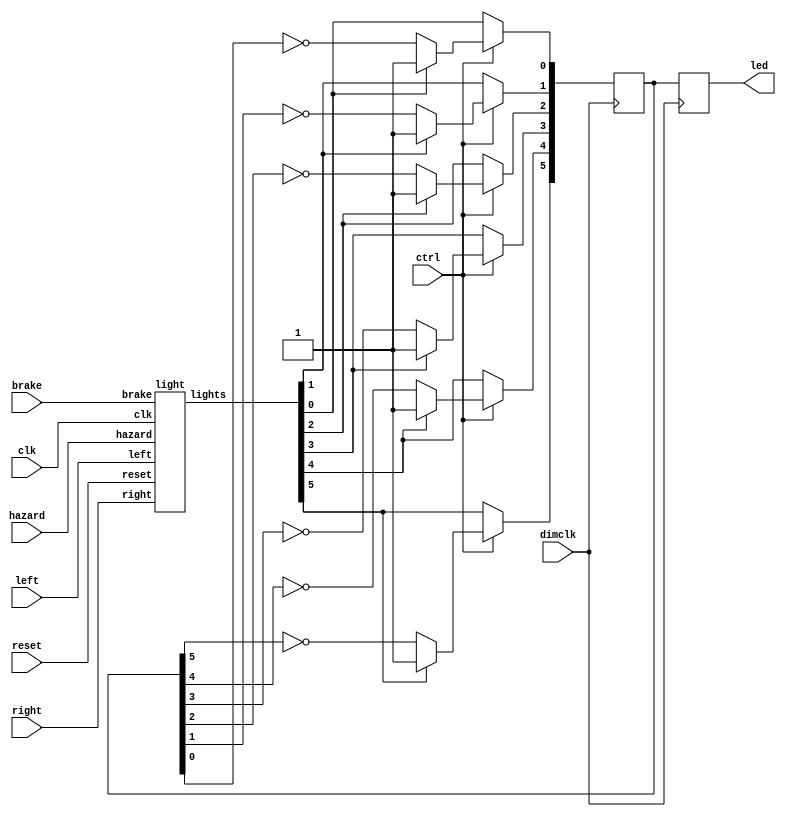
module dim(
  input dimclk,ctrl,clk,reset,left,right,hazard,brake,
  //input [5:0] lights,
  output reg [5:0] led=6'b000000
  );
  wire [5:0] b;
  reg [5:0] c=6'b000000;
  
  light out(.clk(clk),.reset(reset),.left(left),.right(right),.hazard(hazard),.brake(brake),.lights(b));
  
  always @(posedge dimclk)begin
  
  if(~ctrl) begin
  c<=b;
  led<=c;
  
  end
  else begin
     c<=b;
    if(b[5]==0) begin c[5]<=~c[5];end
    if(b[4]==0)  begin c[4]<=~c[4];end
    if(b[3]==0)  begin c[3]<=~c[3];end
    if(b[2]==0)  begin c[2]<=~c[2];end
    if(b[1]==0)  begin c[1]<=~c[1];end
    if(b[0]==0)   begin c[0]<=~c[0];end
   
    led<=c;
  end
 end 
endmodule







module light(
input clk,reset,left,right,hazard,brake,
output reg [5:0]lights = 6'b000000
);
 
 parameter IDLE= 0; 
 parameter IL= 7; 
 parameter IR= 14;
 parameter L3=3;  
 parameter L2=2;   
 parameter L1=1;   
 parameter Lb3 = 6; 
 parameter Lb2 = 5;  
 parameter Lb1 = 4;  
 parameter R1=8;    
 parameter R2=9;     
 parameter R3=10;     
 parameter Rb3 = 13; 
 parameter Rb2 = 12;   
 parameter Rb1 = 11;   
 parameter All=15;
    
  reg [3:0]x = 4'd0000;

always @(posedge clk) 
    if(reset)begin
 x<=IDLE;
 lights<=6'b000000;
 end
    else begin
    case (x)
      //IDLE
      0: 
          if((brake)&(hazard)) begin x<=All;lights<=6'b111111;end
          else  if(hazard)    begin x<=All;lights<=6'b111111;end
         
          else if((~brake)&(~hazard)&(~left)&(~right))begin x<=IDLE;lights<=6'b000000;end
          else if((~brake)&(~hazard)&(~left)&(right)) begin x<=R1; lights<=6'b000100; end
          else if((~brake)&(~hazard)&(left)&(~right)) begin x<=L1; lights<=6'b001000; end
          else if((~brake)&(~hazard)&(left)&(right))  begin x<=All; lights<=6'b111111; end
          else if((brake)&(~hazard)&(~left)&(~right)) begin x<=All; lights<=6'b111111; end
         
          else if((brake)&(~hazard)&(~left)&(right))  begin x<=Rb1; lights<=6'b111100; end
          else if((brake)&(~hazard)&(left)&(~right)) begin x<=Lb1; lights<=6'b001111; end
          else if((brake)&(~hazard)&(left)&(right)) begin x<=All; lights<=6'b111111; end
           else if ((left)&(right)) begin x<=All;lights<=6'b111111;end
          else begin x<=IDLE; lights<=6'b000000; end
             
      7: //IL,
         
          //
          if((brake)&(hazard)) begin x<=All;lights<=6'b111111;end
          else  if(hazard)    begin x<=All;lights<=6'b111111;end
          else if((~brake)&(~hazard)&(~left)&(~right))begin x<=IDLE;lights<=6'b000000;end
          else if((~brake)&(~hazard)&(~left)&(right)) begin x<=R1; lights<=6'b000100; end
          else if((~brake)&(~hazard)&(left)&(~right)) begin x<=L1; lights<=6'b001000; end
          else if((~brake)&(~hazard)&(left)&(right))  begin x<=All; lights<=6'b111111; end
          else if((brake)&(~hazard)&(~left)&(~right)) begin x<=All; lights<=6'b111111; end
          else if((brake)&(~hazard)&(~left)&(right))  begin x<=Rb1; lights<=6'b111100; end
          else if((brake)&(~hazard)&(left)&(~right)) begin x<=Lb1; lights<=6'b001111; end
          else if((brake)&(~hazard)&(left)&(right)) begin x<=All; lights<=6'b111111; end
          else begin x<=IL; lights<=6'b000111; end
             
    
          
       10: //R3
         
          //
          if((brake)&(hazard)) begin x<=All;lights<=6'b111111;end
          else  if(hazard)    begin x<=All;lights<=6'b111111;end
          else if((~brake)&(~hazard)&(~left)&(~right))begin x<=IDLE;lights<=6'b000000;end
          else if((~brake)&(~hazard)&(~left)&(right)) begin x<=IDLE; lights<=6'b000000; end
          else if((~brake)&(~hazard)&(left)&(~right)) begin x<=L1; lights<=6'b001000; end
          else if((~brake)&(~hazard)&(left)&(right))  begin x<=All; lights<=6'b111111; end
          else if((brake)&(~hazard)&(~left)&(~right)) begin x<=All; lights<=6'b111111; end
         
          else if((brake)&(~hazard)&(~left)&(right))  begin x<=IR; lights<=6'b111000; end
          else if((brake)&(~hazard)&(left)&(~right)) begin x<=Lb1; lights<=6'b001111; end
          else if((brake)&(~hazard)&(left)&(right)) begin x<=All; lights<=6'b111111; end
          else begin x<=R3; lights<=6'b000111; end
          
     14: //IR
          if((brake)&(hazard)) begin x<=All;lights<=6'b111111;end
          else  if(hazard)    begin x<=All;lights<=6'b111111;end
          else if((~brake)&(~hazard)&(~left)&(~right))begin x<=IDLE;lights<=6'b000000;end
          else if((~brake)&(~hazard)&(~left)&(right)) begin x<=R1; lights<=6'b000100; end
          else if((~brake)&(~hazard)&(left)&(~right)) begin x<=L1; lights<=6'b001000; end
          else if((~brake)&(~hazard)&(left)&(right))  begin x<=All; lights<=6'b111111; end
          else if((brake)&(~hazard)&(~left)&(~right)) begin x<=All; lights<=6'b111111; end
         
          else if((brake)&(~hazard)&(~left)&(right))  begin x<=Rb1; lights<=6'b111100; end
          else if((brake)&(~hazard)&(left)&(~right)) begin x<=Lb1; lights<=6'b001111; end
          else if((brake)&(~hazard)&(left)&(right)) begin x<=All; lights<=6'b111111; end
          else begin x<=IR; lights<=6'b111000; end
          
     3: //L3 
         
          //
          if((brake)&(hazard)) begin x<=All;lights<=6'b111111;end
          else  if(hazard)    begin x<=All;lights<=6'b111111;end
          else if((~brake)&(~hazard)&(~left)&(~right))begin x<=IDLE;lights<=6'b000000;end
          else if((~brake)&(~hazard)&(~left)&(right)) begin x<=R1; lights<=6'b000100; end
          else if((~brake)&(~hazard)&(left)&(~right)) begin x<=IDLE; lights<=6'b000000; end
          else if((~brake)&(~hazard)&(left)&(right))  begin x<=All; lights<=6'b111111; end
          else if((brake)&(~hazard)&(~left)&(~right)) begin x<=All; lights<=6'b111111; end
         
          else if((brake)&(~hazard)&(~left)&(right))  begin x<=Rb1; lights<=6'b111100; end
          else if((brake)&(~hazard)&(left)&(~right)) begin x<=IL; lights<=6'b000111; end
          else if((brake)&(~hazard)&(left)&(right)) begin x<=All; lights<=6'b111111; end
          else begin x<=L3; lights<=6'b111000; end
          
      1: //L1
            if((brake)&(hazard)) begin x<=All;lights<=6'b111111;end
          else  if(hazard)    begin x<=All;lights<=6'b111111;end
          else if((~brake)&(~hazard)&(~left)&(~right))begin x<=IDLE;lights<=6'b000000;end
          else if((~brake)&(~hazard)&(~left)&(right)) begin x<=R1; lights<=6'b000100; end
          else if((~brake)&(~hazard)&(left)&(~right)) begin x<=L2;lights<=6'b011000; end
          else if((~brake)&(~hazard)&(left)&(right))  begin x<=All; lights<=6'b111111; end
          else if((brake)&(~hazard)&(~left)&(~right)) begin x<=All; lights<=6'b111111; end
         
          else if((brake)&(~hazard)&(~left)&(right))  begin x<=Rb1; lights<=6'b111100; end
          else if((brake)&(~hazard)&(left)&(~right)) begin x<=Lb2; lights<=6'b011111; end
          else if((brake)&(~hazard)&(left)&(right)) begin x<=All; lights<=6'b111111; end
          else begin x<=L1; lights<=6'b001000; end
            
                
      2: //L2
           if((brake)&(hazard)) begin x<=All;lights<=6'b111111;end
          else  if(hazard)    begin x<=All;lights<=6'b111111;end
          else if((~brake)&(~hazard)&(~left)&(~right))begin x<=IDLE;lights<=6'b000000;end
          else if((~brake)&(~hazard)&(~left)&(right)) begin x<=R1; lights<=6'b000100; end
          else if((~brake)&(~hazard)&(left)&(~right)) begin x<=L3; lights<=6'b111000; end
          else if((~brake)&(~hazard)&(left)&(right))  begin x<=All; lights<=6'b111111; end
          else if((brake)&(~hazard)&(~left)&(~right)) begin x<=All; lights<=6'b111111; end
         
          else if((brake)&(~hazard)&(~left)&(right))  begin x<=Rb1; lights<=6'b111100; end
          else if((brake)&(~hazard)&(left)&(~right)) begin x<=Lb3; lights<=6'b111111; end
          else if((brake)&(~hazard)&(left)&(right)) begin x<=All; lights<=6'b111111; end
          else begin x<=L2; lights<=6'b011000; end
      
      4: //Lb1
          
           if((brake)&(hazard)) begin x<=All;lights<=6'b111111;end
          else  if(hazard)    begin x<=All;lights<=6'b111111;end
          else if((~brake)&(~hazard)&(~left)&(~right))begin x<=IDLE;lights<=6'b000000;end
          else if((~brake)&(~hazard)&(~left)&(right)) begin x<=R1; lights<=6'b000100; end
          else if((~brake)&(~hazard)&(left)&(~right)) begin x<=L2; lights<=6'b011000; end
          else if((~brake)&(~hazard)&(left)&(right))  begin x<=All; lights<=6'b111111; end
          else if((brake)&(~hazard)&(~left)&(~right)) begin x<=All; lights<=6'b111111; end
         
          else if((brake)&(~hazard)&(~left)&(right))  begin x<=Rb1; lights<=6'b111100; end
          else if((brake)&(~hazard)&(left)&(~right)) begin x<=Lb2; lights<=6'b011111; end
          else if((brake)&(~hazard)&(left)&(right)) begin x<=All; lights<=6'b111111; end
          else begin x<=Lb1; lights<=6'b001111; end
            
      5: //Lb2
          if((brake)&(hazard)) begin x<=All;lights<=6'b111111;end
          else  if(hazard)    begin x<=All;lights<=6'b111111;end
          else if((~brake)&(~hazard)&(~left)&(~right))begin x<=IDLE;lights<=6'b000000;end
          else if((~brake)&(~hazard)&(~left)&(right)) begin x<=R1; lights<=6'b000100; end
          else if((~brake)&(~hazard)&(left)&(~right)) begin x<=L3; lights<=6'b111000; end
          else if((~brake)&(~hazard)&(left)&(right))  begin x<=All; lights<=6'b111111; end
          else if((brake)&(~hazard)&(~left)&(~right)) begin x<=All; lights<=6'b111111; end
         
          else if((brake)&(~hazard)&(~left)&(right))  begin x<=Rb1; lights<=6'b111100; end
          else if((brake)&(~hazard)&(left)&(~right)) begin x<=Lb3; lights<=6'b111111; end
          else if((brake)&(~hazard)&(left)&(right)) begin x<=All; lights<=6'b111111; end
          else begin x<=Lb2; lights<=6'b011111; end
       
       6: //Lb3, 
          
           if((brake)&(hazard)) begin x<=All;lights<=6'b111111;end
          else  if(hazard)    begin x<=All;lights<=6'b111111;end
          else if((~brake)&(~hazard)&(~left)&(~right))begin x<=IDLE;lights<=6'b000000;end
          else if((~brake)&(~hazard)&(~left)&(right)) begin x<=R1; lights<=6'b000100; end
          else if((~brake)&(~hazard)&(left)&(~right)) begin x<=IDLE; lights<=6'b000000; end
          else if((~brake)&(~hazard)&(left)&(right))  begin x<=All; lights<=6'b111111; end
          else if((brake)&(~hazard)&(~left)&(~right)) begin x<=All; lights<=6'b111111; end
         
          else if((brake)&(~hazard)&(~left)&(right))  begin x<=Rb1; lights<=6'b111100; end
          else if((brake)&(~hazard)&(left)&(~right)) begin x<=IR; lights<=6'b000111; end
          else if((brake)&(~hazard)&(left)&(right)) begin x<=All; lights<=6'b111111; end
          else begin x<=Lb3; lights<=6'b111111; end
          
       
      13: //Rb3 
          if((brake)&(hazard)) begin x<=All;lights<=6'b111111;end
          else  if(hazard)    begin x<=All;lights<=6'b111111;end
          else if((~brake)&(~hazard)&(~left)&(~right))begin x<=IDLE;lights<=6'b000000;end
          else if((~brake)&(~hazard)&(~left)&(right)) begin x<=IDLE; lights<=6'b000000; end
          else if((~brake)&(~hazard)&(left)&(~right)) begin x<=L1; lights<=6'b001000; end
          else if((~brake)&(~hazard)&(left)&(right))  begin x<=All; lights<=6'b111111; end
          else if((brake)&(~hazard)&(~left)&(~right)) begin x<=All; lights<=6'b111111; end
         
          else if((brake)&(~hazard)&(~left)&(right))  begin x<=IR; lights<=6'b111000; end
          else if((brake)&(~hazard)&(left)&(~right)) begin x<=Lb1; lights<=6'b001111; end
          else if((brake)&(~hazard)&(left)&(right)) begin x<=All; lights<=6'b111111; end
          else begin x<=Rb3; lights<=6'b111111; end
          
       
       15://ALL
          if((brake)&(hazard)) begin x<=All;lights<=6'b111111;end
          else  if(hazard)    begin x<=IDLE;lights<=6'b000000;end
        
          else if((~brake)&(~hazard)&(~left)&(~right))begin x<=IDLE;lights<=6'b000000;end
          else if((~brake)&(~hazard)&(~left)&(right)) begin x<=R1; lights<=6'b000100; end
          else if((~brake)&(~hazard)&(left)&(~right)) begin x<=L1; lights<=6'b001000; end
          else if((~brake)&(~hazard)&(left)&(right))  begin x<=IDLE; lights<=6'b000000; end
          else if((brake)&(~hazard)&(~left)&(~right)) begin x<=All; lights<=6'b111111; end
         
          else if((brake)&(~hazard)&(~left)&(right))  begin x<=Rb1; lights<=6'b111100; end
          else if((brake)&(~hazard)&(left)&(~right)) begin x<=Lb1; lights<=6'b001111; end
          else if((brake)&(~hazard)&(left)&(right)) begin x<=All; lights<=6'b111111; end
            else if((left)&(right))begin x<=IDLE;lights<=6'b000000;end
          else begin x<=All; lights<=6'b111111; end
          
        
     8 : //R1
           
             if((brake)&(hazard)) begin x<=All;lights<=6'b111111;end
          else  if(hazard)    begin x<=All;lights<=6'b111111;end
          else if((~brake)&(~hazard)&(~left)&(~right))begin x<=IDLE;lights<=6'b000000;end
          else if((~brake)&(~hazard)&(~left)&(right)) begin x<=R2; lights<=6'b000110; end
          else if((~brake)&(~hazard)&(left)&(~right)) begin x<=L1; lights<=6'b001000; end
          else if((~brake)&(~hazard)&(left)&(right))  begin x<=All; lights<=6'b111111; end
          else if((brake)&(~hazard)&(~left)&(~right)) begin x<=All; lights<=6'b111111; end
         
          else if((brake)&(~hazard)&(~left)&(right))  begin x<=Rb2; lights<=6'b111110; end
          else if((brake)&(~hazard)&(left)&(~right)) begin x<=Lb1; lights<=6'b001111; end
          else if((brake)&(~hazard)&(left)&(right)) begin x<=All; lights<=6'b111111; end
          else begin x<=R1; lights<=6'b000100; end
          
      9: //R2 
         
           if((brake)&(hazard)) begin x<=All;lights<=6'b111111;end
          else  if(hazard)    begin x<=All;lights<=6'b111111;end
          else if((~brake)&(~hazard)&(~left)&(~right))begin x<=IDLE;lights<=6'b000000;end
          else if((~brake)&(~hazard)&(~left)&(right)) begin x<=R3; lights<=6'b000111; end
          else if((~brake)&(~hazard)&(left)&(~right)) begin x<=L1; lights<=6'b001000; end
          else if((~brake)&(~hazard)&(left)&(right))  begin x<=All; lights<=6'b111111; end
          else if((brake)&(~hazard)&(~left)&(~right)) begin x<=All; lights<=6'b111111; end
         
          else if((brake)&(~hazard)&(~left)&(right))  begin x<=Rb3; lights<=6'b111111; end
          else if((brake)&(~hazard)&(left)&(~right)) begin x<=Lb1; lights<=6'b001111; end
          else if((brake)&(~hazard)&(left)&(right)) begin x<=All; lights<=6'b111111; end
          else begin x<=R2; lights<=6'b000110; end
     11: //Rb1
          if((brake)&(hazard)) begin x<=All;lights<=6'b111111;end
          else  if(hazard)    begin x<=All;lights<=6'b111111;end
          else if((~brake)&(~hazard)&(~left)&(~right))begin x<=IDLE;lights<=6'b000000;end
          else if((~brake)&(~hazard)&(~left)&(right)) begin x<=R2; lights<=6'b000110; end
          else if((~brake)&(~hazard)&(left)&(~right)) begin x<=L1; lights<=6'b001000; end
          else if((~brake)&(~hazard)&(left)&(right))  begin x<=All; lights<=6'b111111; end
          else if((brake)&(~hazard)&(~left)&(~right)) begin x<=All; lights<=6'b111111; end
         
          else if((brake)&(~hazard)&(~left)&(right))  begin x<=Rb2; lights<=6'b111110; end
          else if((brake)&(~hazard)&(left)&(~right)) begin x<=Lb1; lights<=6'b001111; end
          else if((brake)&(~hazard)&(left)&(right)) begin x<=All; lights<=6'b111111; end
          else begin x<=Rb1; lights<=6'b111100; end
          
      12: //Rb2
           if((brake)&(hazard)) begin x<=All;lights<=6'b111111;end
          else  if(hazard)    begin x<=All;lights<=6'b111111;end
          else if((~brake)&(~hazard)&(~left)&(~right))begin x<=IDLE;lights<=6'b000000;end
          else if((~brake)&(~hazard)&(~left)&(right)) begin x<=R3; lights<=6'b000111; end
          else if((~brake)&(~hazard)&(left)&(~right)) begin x<=L1; lights<=6'b001000; end
          else if((~brake)&(~hazard)&(left)&(right))  begin x<=All; lights<=6'b111111; end
          else if((brake)&(~hazard)&(~left)&(~right)) begin x<=All; lights<=6'b111111; end
         
          else if((brake)&(~hazard)&(~left)&(right))  begin x<=Rb3; lights<=6'b111111; end
          else if((brake)&(~hazard)&(left)&(~right)) begin x<=Lb1; lights<=6'b001111; end
          else if((brake)&(~hazard)&(left)&(right)) begin x<=All; lights<=6'b111111; end
          else begin x<=Rb2; lights<=6'b111110; end
      default: x<=0;
  endcase
  
  end


endmodule